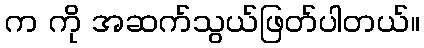
က ကို အဆက်သွယ်ဖြတ်ပါတယ်။